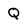
Character: Q